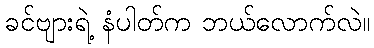
ခင်ဗျားရဲ့ နံပါတ်က ဘယ်လောက်လဲ။